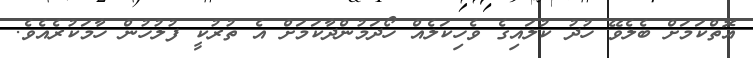
އޮތްކަމަށް ބެލެވޭ ހުދު ކުލައިގެ ވެހިކަލެއް ހޯދަމުންދާކަމަށް އެ ތުރުކީ ފުލުހުން ހާމަކުރެއެވެ.